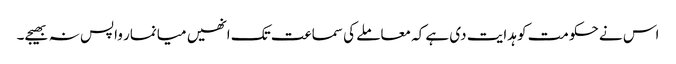
اس نے حکومت کو ہدایت دی ہے کہ معاملے کی سماعت تک انھیں میانمار واپس نہ بھیجے۔